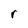
Character: r